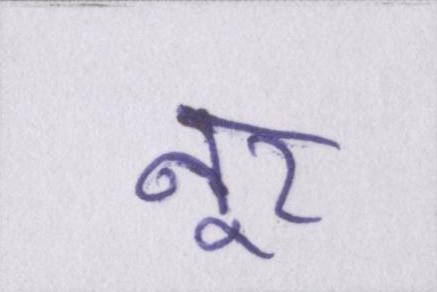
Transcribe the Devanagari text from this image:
नूर